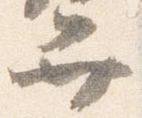
弁